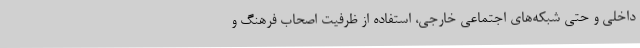
داخلی و حتی شبکه‌های اجتماعی خارجی، استفاده از ظرفیت اصحاب فرهنگ و